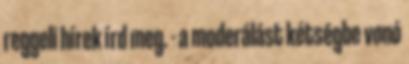
reggeli hírek írd meg. - a moderálást kétségbe vonó